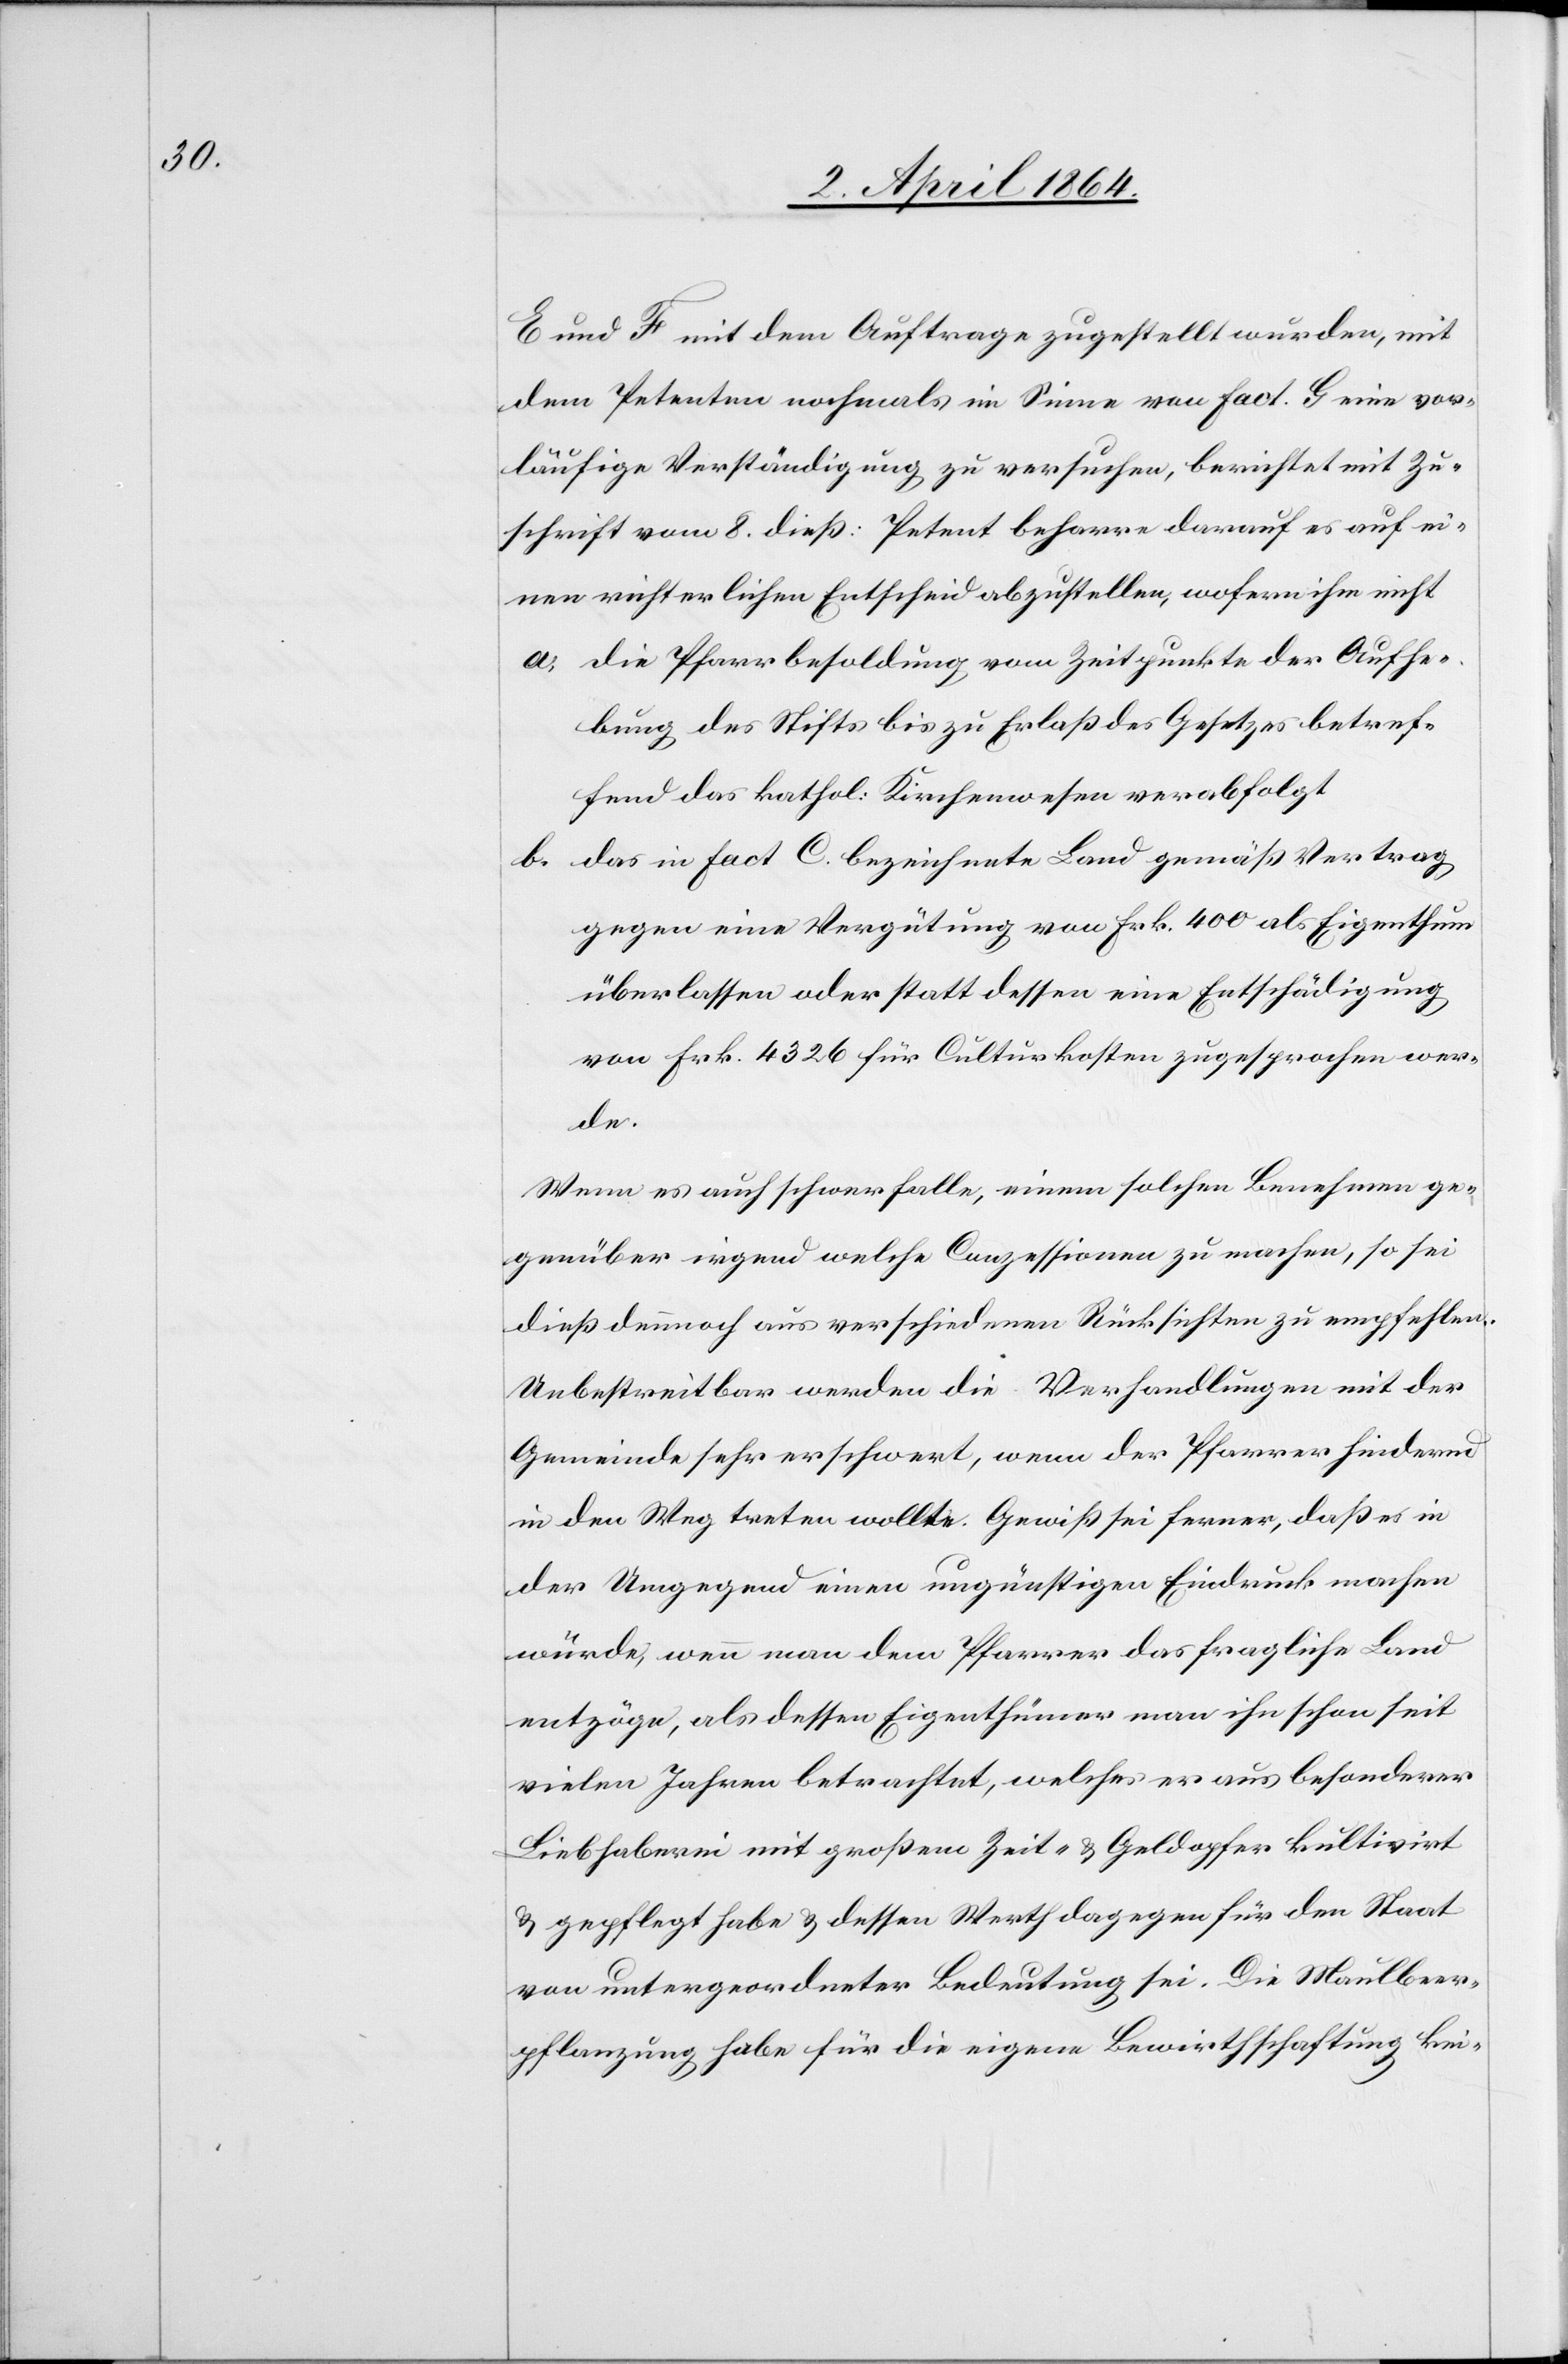
E und F. mit dem Auftrage zugestellt wurden, mit
dem Petenten nochmals im Sinne von fact. G. eine vor¬
läufige Verständigung zu versuchen, berichtet mit Zu¬
schrift vom 8. dieß: Petent beharre darauf es auf ei¬
nen richterlichen Entscheid abzustellen, wofern ihm nicht
a. die Pfarrbesoldung vom Zeitpunkte der Aufhe¬
bung des Stifts bis zu Erlaß des Gesetzes betref¬
fend das kathol. Kirchenwesen verabfolgt
das in fact C. bezeichnete Land gemäß Vertrag
b.
gegen eine Vergütung von Frk. 400 als Eigenthum
überlassen oder statt dessen eine Entschädigung
von Frk. 4326 für Cultuskosten zugesprochen wer¬
nen
Wenn es auch schwer falle, einem solchen Benehmen ge¬
genüber irgend welche Conzessionen zu machen, so sei
dieß dennoch aus verschiedenen Rücksichten zu empfehlen.
Unbestreitbar werden die Verhandlungen mit der
Gemeinde sehr erschwert, wenn der Pfarrer hindernd
in den Weg treten wollte. Gewiß sei ferner, daß es in
der Umgegend einen ungünstigen Eindruck machen
würde, wenn man dem Pfarrer das fragliche Land
entzöge, als dessen Eigenthümer man ihn schon seit
vielen Jahren betrachtet, welches er aus besonderer
Liebhaberei mit großem Zeit- u. Geldopfer kultivirt
u. gepflegt habe u. dessen Werth dagegen für den Staat
von untergeordneter Bedeutung sei. Die Maulbeer¬
pflanzung habe für die eigene Bewirthschaftung kei¬